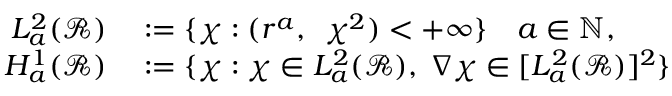
\begin{array} { r l } { L _ { a } ^ { 2 } ( \mathscr { R } ) } & { { } : = \{ \chi : ( r ^ { a } , ~ \, \chi ^ { 2 } ) < + \infty \} \quad a \in { \mathbb N } , } \\ { H _ { a } ^ { 1 } ( \mathscr { R } ) } & { { } : = \{ \chi : \chi \in L _ { a } ^ { 2 } ( \mathscr { R } ) , \; \nabla \chi \in [ L _ { a } ^ { 2 } ( \mathscr { R } ) ] ^ { 2 } \} } \end{array}